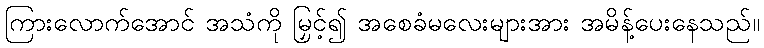
ကြားလောက်အောင် အသံကို မြှင့်၍ အစေခံမလေးများအား အမိန့်ပေးနေသည်။